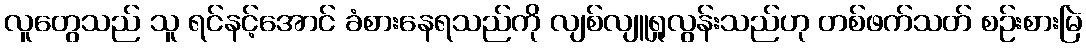
လူတွေသည် သူ ရင်နင့်အောင် ခံစားနေရသည်ကို လျစ်လျူရှုလွန်းသည်ဟု တစ်ဖက်သတ် စဉ်းစားမြဲ